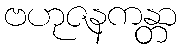
ဗဟုဇနကန္တာ